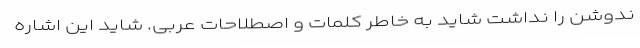
ندوشن را نداشت شاید به خاطر کلمات و اصطلاحات عربی. شاید این اشاره